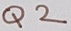
Text: Q2